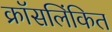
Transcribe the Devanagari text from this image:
क्रॉसलिंकित